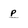
Character: p